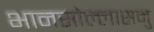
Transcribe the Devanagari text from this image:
भानसोल्लासमु